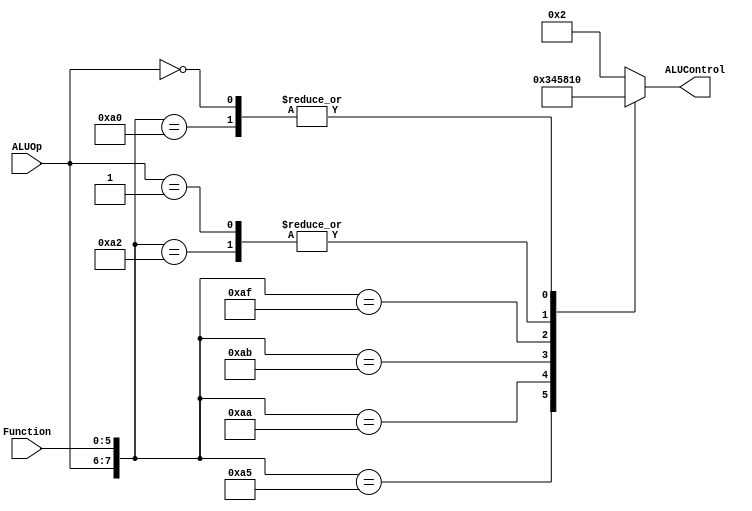

module alucontrol (
    input [1:0] ALUOp,
    input [5:0] Function,
    output reg [3:0] ALUControl
    );

wire [7:0] ALUControlIn;

assign ALUControlIn = {ALUOp,Function};

    always @(ALUControlIn)
    begin
        casex (ALUControlIn)
            8'b10100000: ALUControl=4'b0000;    // 0010;    Add
            8'b10100010: ALUControl=4'b0001;    // 0110;    Subtracr
            8'b10100100: ALUControl=4'b0010;    // 0000;    AND
            8'b10100101: ALUControl=4'b0011;    // 0001;    OR
            8'b10101010: ALUControl=4'b0100;    //          NAND
            8'b10101011: ALUControl=4'b0101;    // 0111;    NOR
            8'b10101111: ALUControl=4'b1000;    //          SLT
            8'b01xxxxxx: ALUControl=4'b0001;    //          BEQ/BNEQ
            8'b00xxxxxx: ALUControl=4'b0000;    //          Jump
            default: ALUControl=4'b0010;
        endcase
    end
endmodule